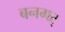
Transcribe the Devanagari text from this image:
बनगर्